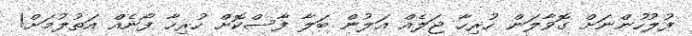
ފުލުހުންނަށް ގޮވާލަން ހުރިހާ ޖަލެއް އަލުން ބަލާ ފާސްކޮށް ހުރިހާ ފޯނެއް އަތުލުމަށް!